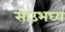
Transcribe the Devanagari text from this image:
सोउभघ्य